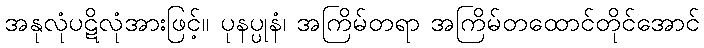
အနုလုံပဋိလုံအားဖြင့်။ ပုနပ္ပုနံ၊ အကြိမ်တရာ အကြိမ်တထောင်တိုင်အောင်